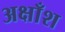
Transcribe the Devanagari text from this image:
अक्षाँश